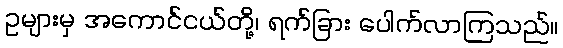
ဥများမှ အကောင်ငယ်တို့၊ ရက်ခြား ပေါက်လာကြသည်။